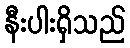
နီးပါးရှိသည်